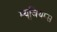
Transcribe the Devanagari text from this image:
म्यूजियम्स